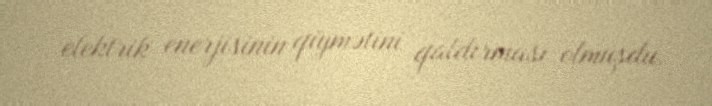
elektrik enerjisinin qiymətini qaldırması olmuşdu.